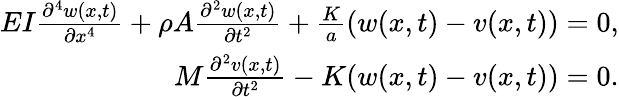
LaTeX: \begin{array}{r}{EI\frac{\partial^{4}w(x,t)}{\partial x^{4}}+\rho A\frac{\partial^{2}w(x,t)}{\partial t^{2}}+\frac{K}{a}(w(x,t)-v(x,t))=0,}\\ {M\frac{\partial^{2}v(x,t)}{\partial t^{2}}-K(w(x,t)-v(x,t))=0.}\end{array}